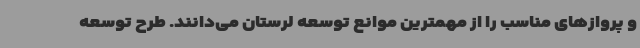
و پروازهای مناسب را از مهمترین موانع توسعه لرستان می‌دانند. طرح توسعه